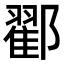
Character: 𨞩